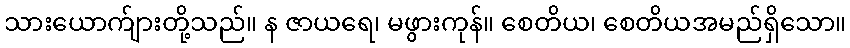
သားယောက်ျားတို့သည်။ န ဇာယရေ၊ မဖွားကုန်။ စေတိယ၊ စေတိယအမည်ရှိသော။